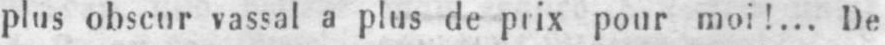
plus obscur vassal a plus de prix pour moi!... De